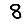
Digit: 8